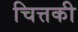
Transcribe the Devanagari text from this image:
चित्तकी